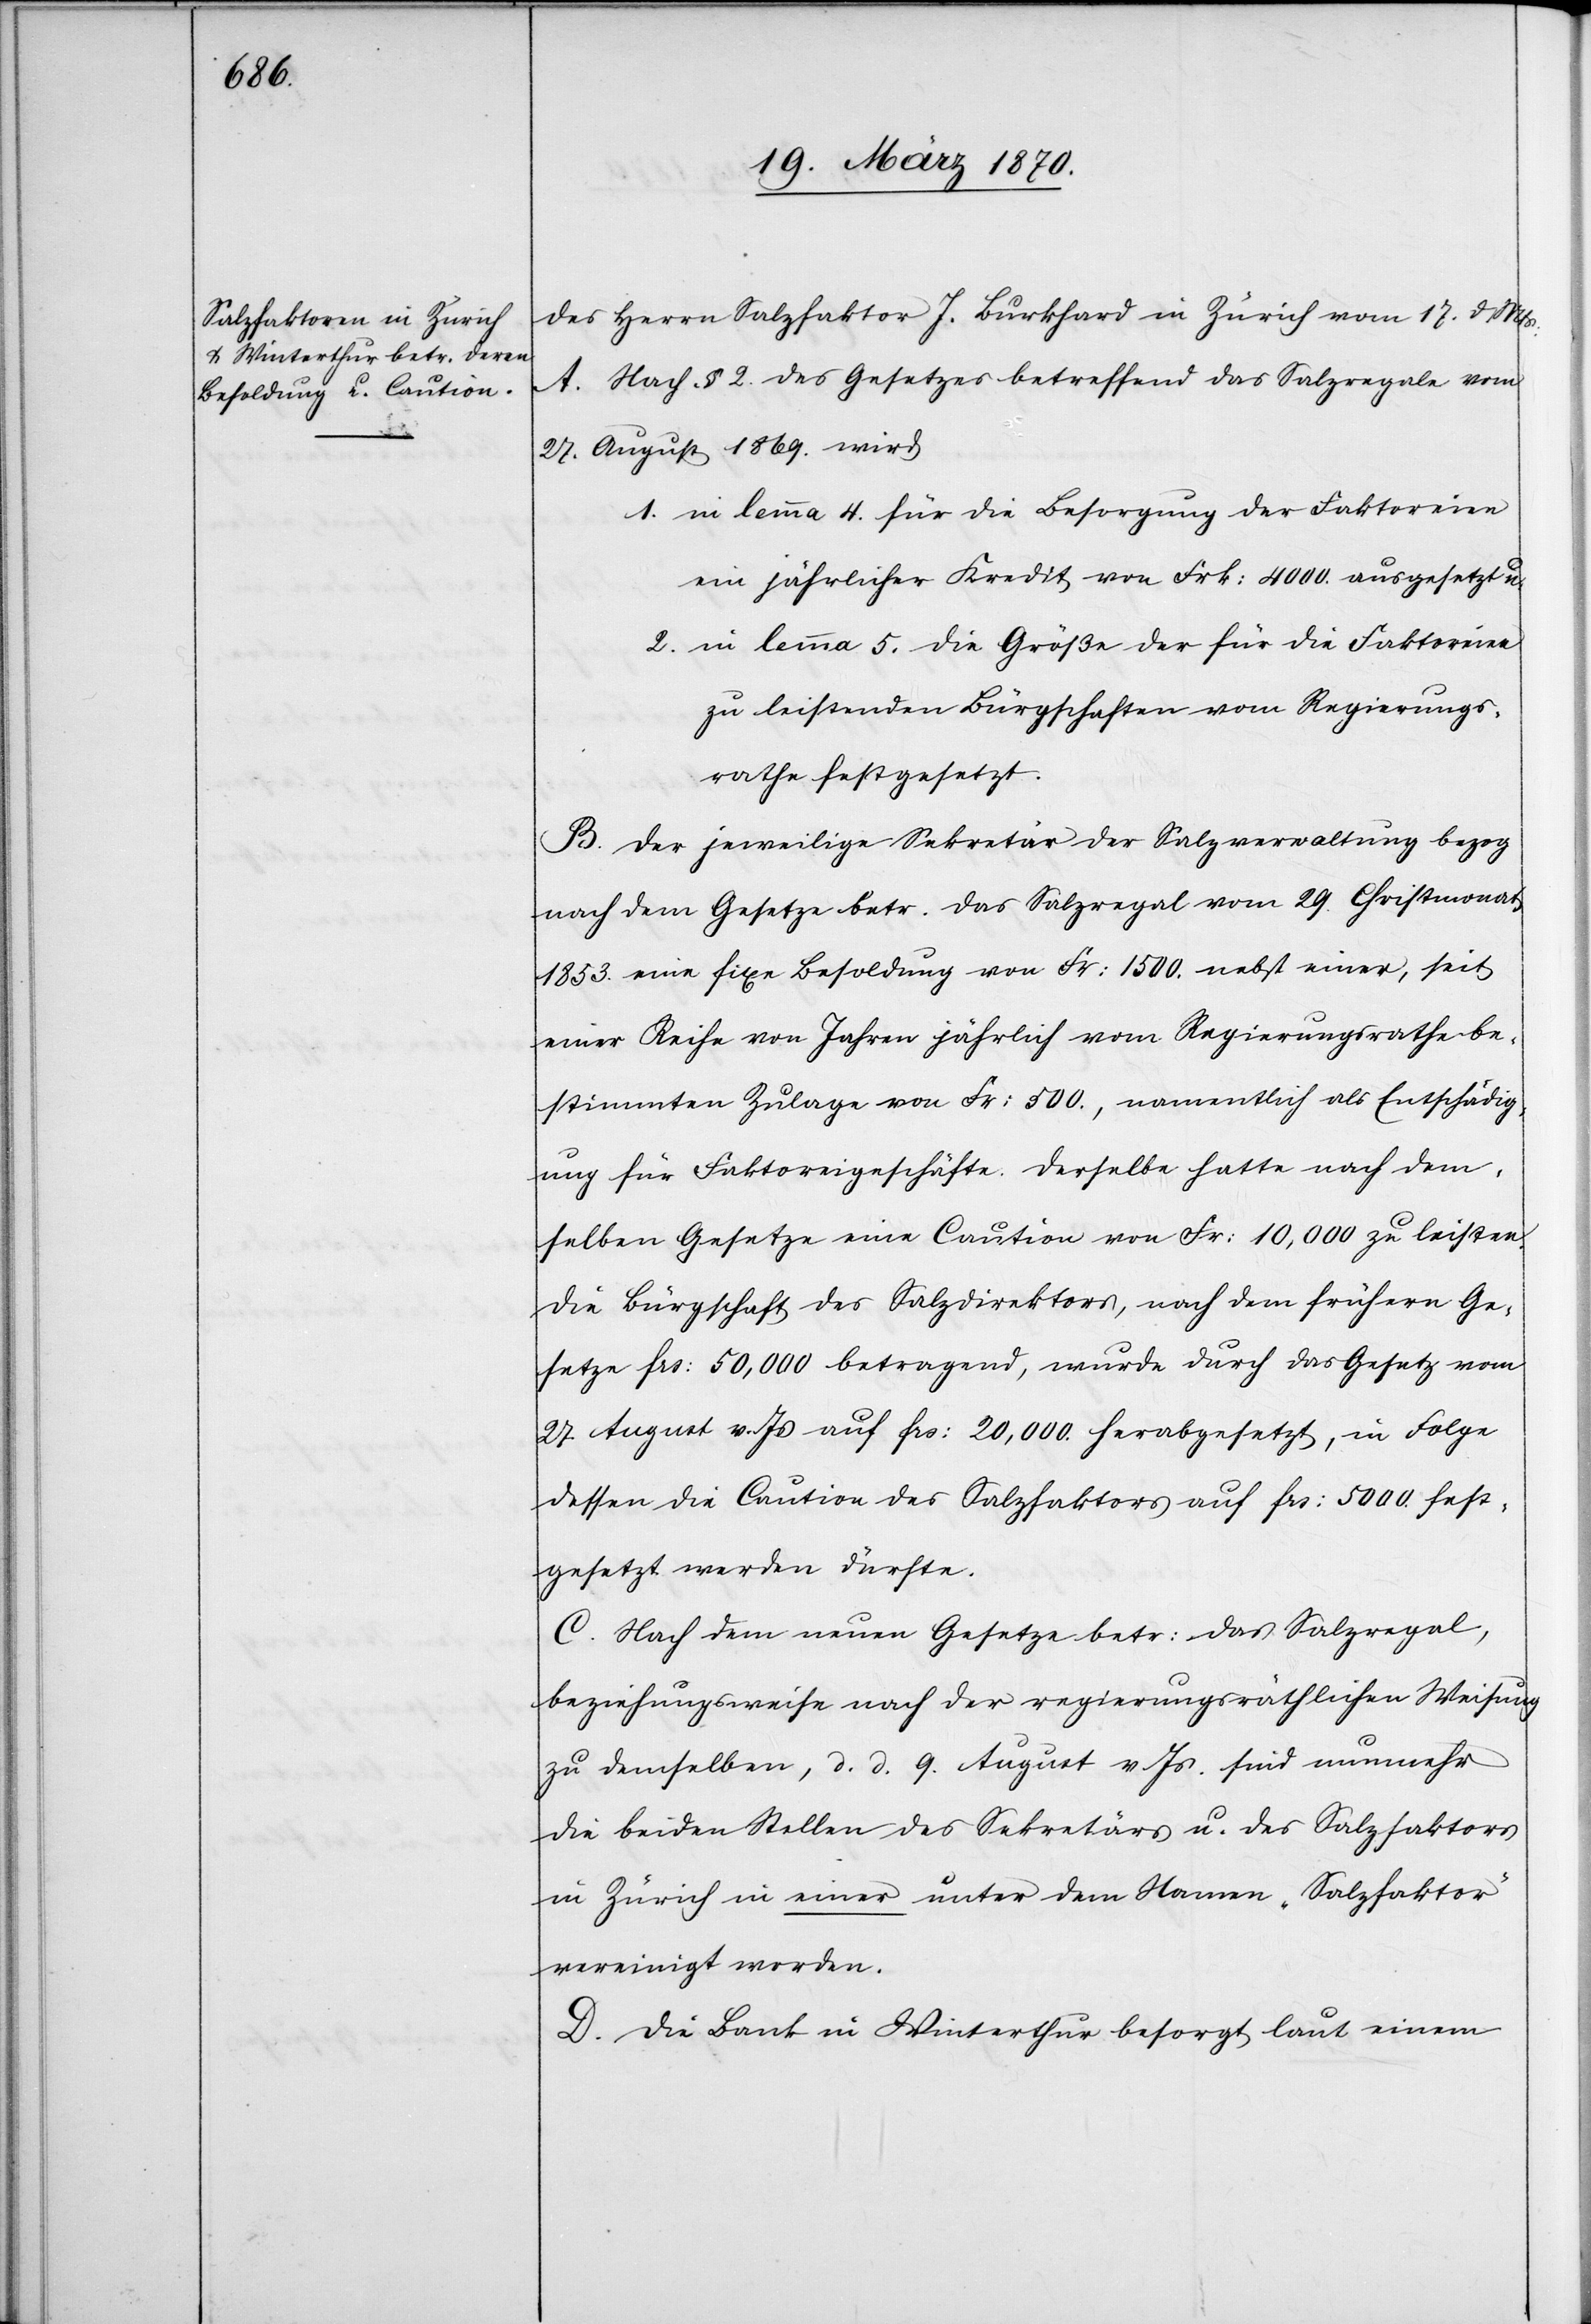
des Herrn Salzfaktor J. Burkhard in Zürich vom 17. d Mts:
A. Nach § 2. des Gesetzes betreffend das Salzregale vom
27. August 1869. wird
1. in lemma 4. für die Besorgung der Faktoreien
ein jährlicher Kredit von Frk: 4000. ausgesetzt u.
2. in lemma 5. die Größe der für die Faktoreien
zu leistenden Bürgschaften vom Regierungs¬
rathe festgesetzt.
B. Der jeweilige Sekretär der Salzverwaltung bezog
nach dem Gesetze betr. das Salzregal vom 29. Christmonat
1853. eine fixe Besoldung von Fr: 1500. nebst einer, seit
einer Reihe von Jahren jährlich vom Regierungsrathe be¬
stimmten Zulage von Fr: 500., namentlich als Entschädig¬
ung für Faktoreigeschäfte. Derselbe hatte nach dem¬
selben Gesetze eine Caution von Fr: 10,000 zu leisten.
Die Bürgschaft des Salzdirektors, nach dem frühern Ge¬
setze frs: 50,000 betragend, wurde durch das Gesetz vom
27 August v. Js auf frs: 20,000. herabgesetzt, in Folge
dessen die Caution des Salzfaktors auf frs: 5000. fest¬
gesetzt werden dürfte.
C. Nach dem neuen Gesetze betr: das Salzregal,
beziehungsweise nach der regierungsräthlichen Weisung
zu demselben, d. d. 9. August v Js. sind nunmehr
die beiden Stellen des Sekretärs u. des Salzfaktors
in Zürich in einer unter dem Namen „Salzfaktor“
vereinigt worden.
D. Die Bank in Winterthur besorgt laut einem